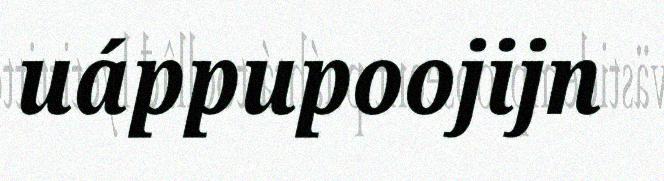
uáppupoojijn